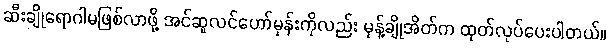
ဆီးချိုရောဂါမဖြစ်လာဖို့ အင်ဆူလင်ဟော်မုန်းကိုလည်း မုန့်ချိုအိတ်က ထုတ်လုပ်ပေးပါတယ်။